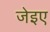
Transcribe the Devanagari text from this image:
जेइए